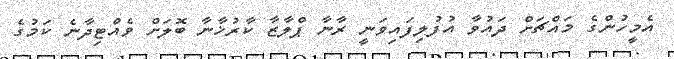
އެމީހުންގެ މައްޗަށް ދައުވާ އުފުލިފައިވަނީ ރާނާ ޕްލާޒާ ކާރުޚާނާ ބޮލަށް ވެއްޓިދާނެ ކަމުގެ